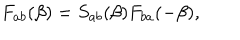
F _ { a b } ( \beta ) = S _ { a b } ( \beta ) F _ { b a } ( - \beta ) ,